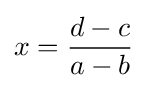
x={\frac {d-c}{a-b}}